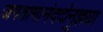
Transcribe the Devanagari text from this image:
जगतामानंददोनुज्ञया